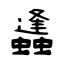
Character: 蠭